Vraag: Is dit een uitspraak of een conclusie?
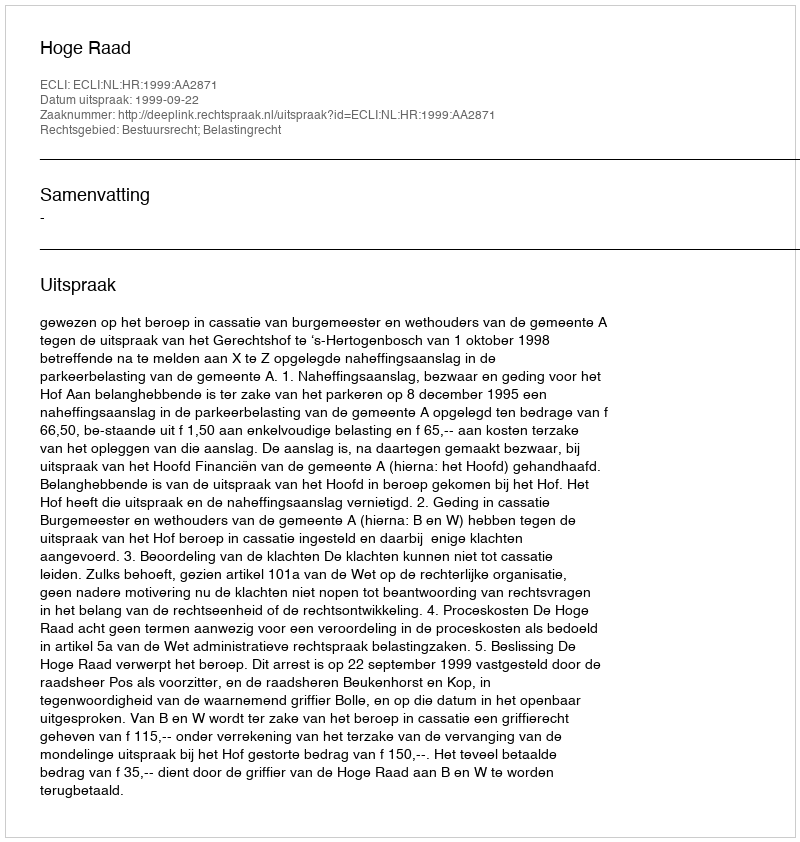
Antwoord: Uitspraak